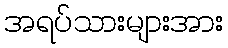
အရပ်သားများအား